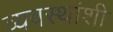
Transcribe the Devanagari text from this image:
व्यवस्थांशी